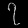
Digit: ၇